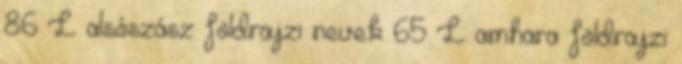
86 L alsószász földrajzi nevek‎ 65 L amhara földrajzi